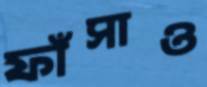
ফাঁসাও